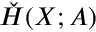
{ \check { H } } ( X ; A )